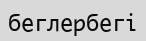
беглербегі